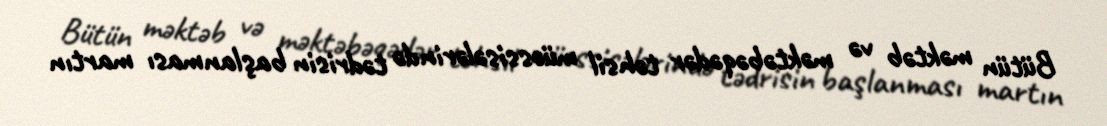
Bütün məktəb və məktəbəqədər təhsil müəssisələrində tədrisin başlanması martın